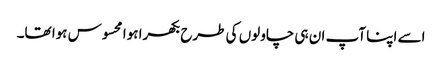
اسے اپنا آپ ان ہی چاولوں کی طرح بکھرا ہوا محسوس ہوا تھا۔